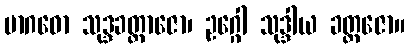
မာဂဓော သုဒ္ဒခတ္တာဇော၊ ဥဂ္ဂေါ သုဒ္ဒါယ ခတ္တဇော။